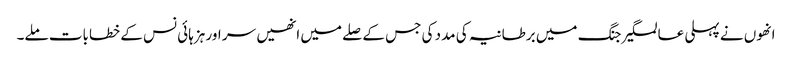
انھوں نے پہلی عالمگیر جنگ میں برطانیہ کی مدد کی جس کے صلے میں انھیں سر اور ہزہائی نس کے خطابات ملے۔